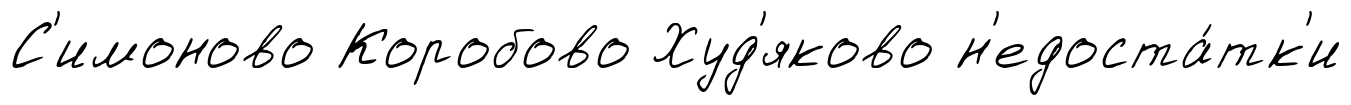
С'имоново Коробово Худ'яково н'едоста́тк'и